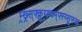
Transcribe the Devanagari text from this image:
म्र्ख्र्स्फ्क्रुय्र्ह्क्म्फ्स्य्सुफ्ज्व्